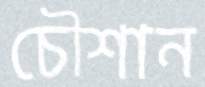
চৌশান